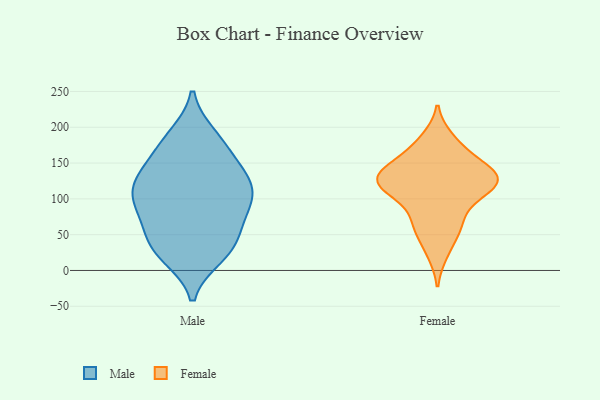
{"axis": {"x": "Backlog", "y": "Value"}, "legend": ["Female", "Male"], "data": [{"x": "", "y": 119, "type": "Male"}, {"x": "", "y": 175, "type": "Male"}, {"x": "", "y": 23, "type": "Male"}, {"x": "", "y": 115, "type": "Male"}, {"x": "", "y": 79, "type": "Male"}, {"x": "", "y": 144, "type": "Male"}, {"x": "", "y": 123, "type": "Male"}, {"x": "", "y": 105, "type": "Male"}, {"x": "", "y": 188, "type": "Male"}, {"x": "", "y": 126, "type": "Male"}, {"x": "", "y": 152, "type": "Male"}, {"x": "", "y": 183, "type": "Male"}, {"x": "", "y": 20, "type": "Male"}, {"x": "", "y": 83, "type": "Male"}, {"x": "", "y": 107, "type": "Male"}, {"x": "", "y": 32, "type": "Male"}, {"x": "", "y": 64, "type": "Male"}, {"x": "", "y": 33, "type": "Male"}, {"x": "", "y": 44, "type": "Male"}, {"x": "", "y": 83, "type": "Male"}, {"x": "", "y": 129, "type": "Female"}, {"x": "", "y": 97, "type": "Female"}, {"x": "", "y": 136, "type": "Female"}, {"x": "", "y": 111, "type": "Female"}, {"x": "", "y": 125, "type": "Female"}, {"x": "", "y": 174, "type": "Female"}, {"x": "", "y": 184, "type": "Female"}, {"x": "", "y": 154, "type": "Female"}, {"x": "", "y": 123, "type": "Female"}, {"x": "", "y": 141, "type": "Female"}, {"x": "", "y": 142, "type": "Female"}, {"x": "", "y": 67, "type": "Female"}, {"x": "", "y": 117, "type": "Female"}, {"x": "", "y": 115, "type": "Female"}, {"x": "", "y": 24, "type": "Female"}, {"x": "", "y": 53, "type": "Female"}, {"x": "", "y": 67, "type": "Female"}]}